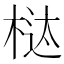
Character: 𰗱